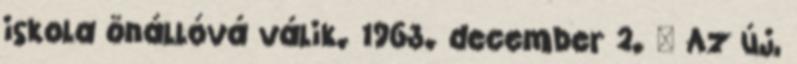
iskola önállóvá válik. 1963. december 2. – Az új,